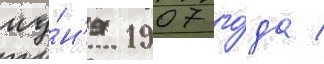
иу́н'я 1907 го́да /